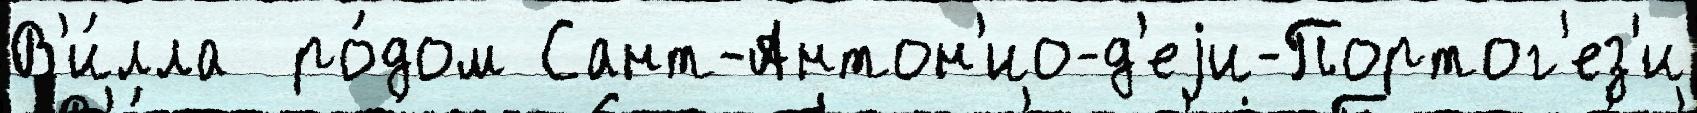
В'и́лла  ро́дом Сант-Антон'ио-д'еjи-Портог'ез'и